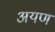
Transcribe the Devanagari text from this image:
अयण